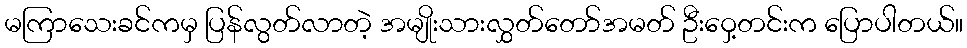
မကြာသေးခင်ကမှ ပြန်လွတ်လာတဲ့ အမျိုးသားလွှတ်တော်အမတ် ဦးဝှေ့တင်းက ပြောပါတယ်။